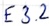
Text: E3.2